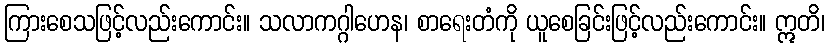
ကြားစေသဖြင့်လည်းကောင်း။ သလာကဂ္ဂါဟေန၊ စာရေးတံကို ယူစေခြင်းဖြင့်လည်းကောင်း။ ဣတိ၊